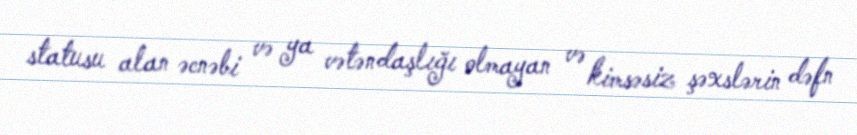
statusu alan əcnəbi və ya vətəndaşlığı olmayan və kimsəsiz şəxslərin dəfn